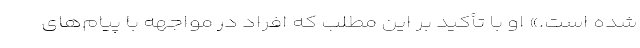
شده است.» او با تأکید بر این مطلب که افراد در مواجهه با پیام‌های